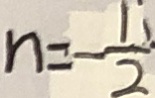
n = - \frac { 1 } { 2 }